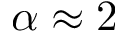
\alpha \approx 2